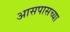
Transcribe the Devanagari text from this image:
अासपासच्या